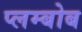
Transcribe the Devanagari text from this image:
प्लम्बोब